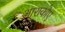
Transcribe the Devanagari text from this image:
आराकोए